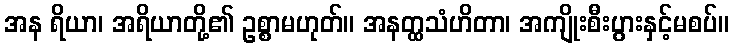
အန ရိယာ၊ အရိယာတို့၏ ဥစ္စာမဟုတ်။ အနတ္ထသံဟိတာ၊ အကျိုးစီးပွားနှင့်မစပ်။